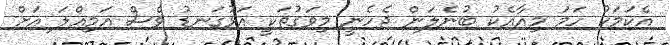
އެކަމަކު ހަމަ މިއާއެކު ބުނެލަން ޖެހެނީ މިވަގުތަކީ އަޅުގަނޑު ވެސް އަމިއްލަ އަށް